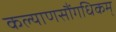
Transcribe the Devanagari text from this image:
कल्याणसौंगधिकम्